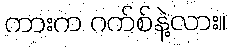
ကားက ဂက်စ်နဲ့လား။